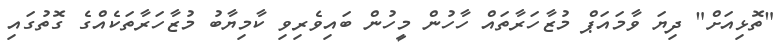
"ތޮޅިއަށް" ދިޔަ ވާމައަޕް މުޒާހަރާތައް ހާހުން މީހުން ބައިވެރިވި ކާމިޔާބު މުޒާހަރާތަކެއްގެ ގޮތުގައި